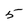
Character: 5